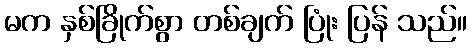
မက နှစ်ခြိုက်စွာ တစ်ချက် ပြုံး ပြန် သည်။